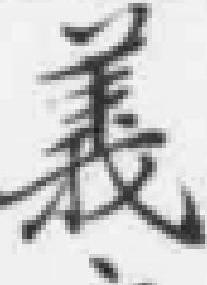
義